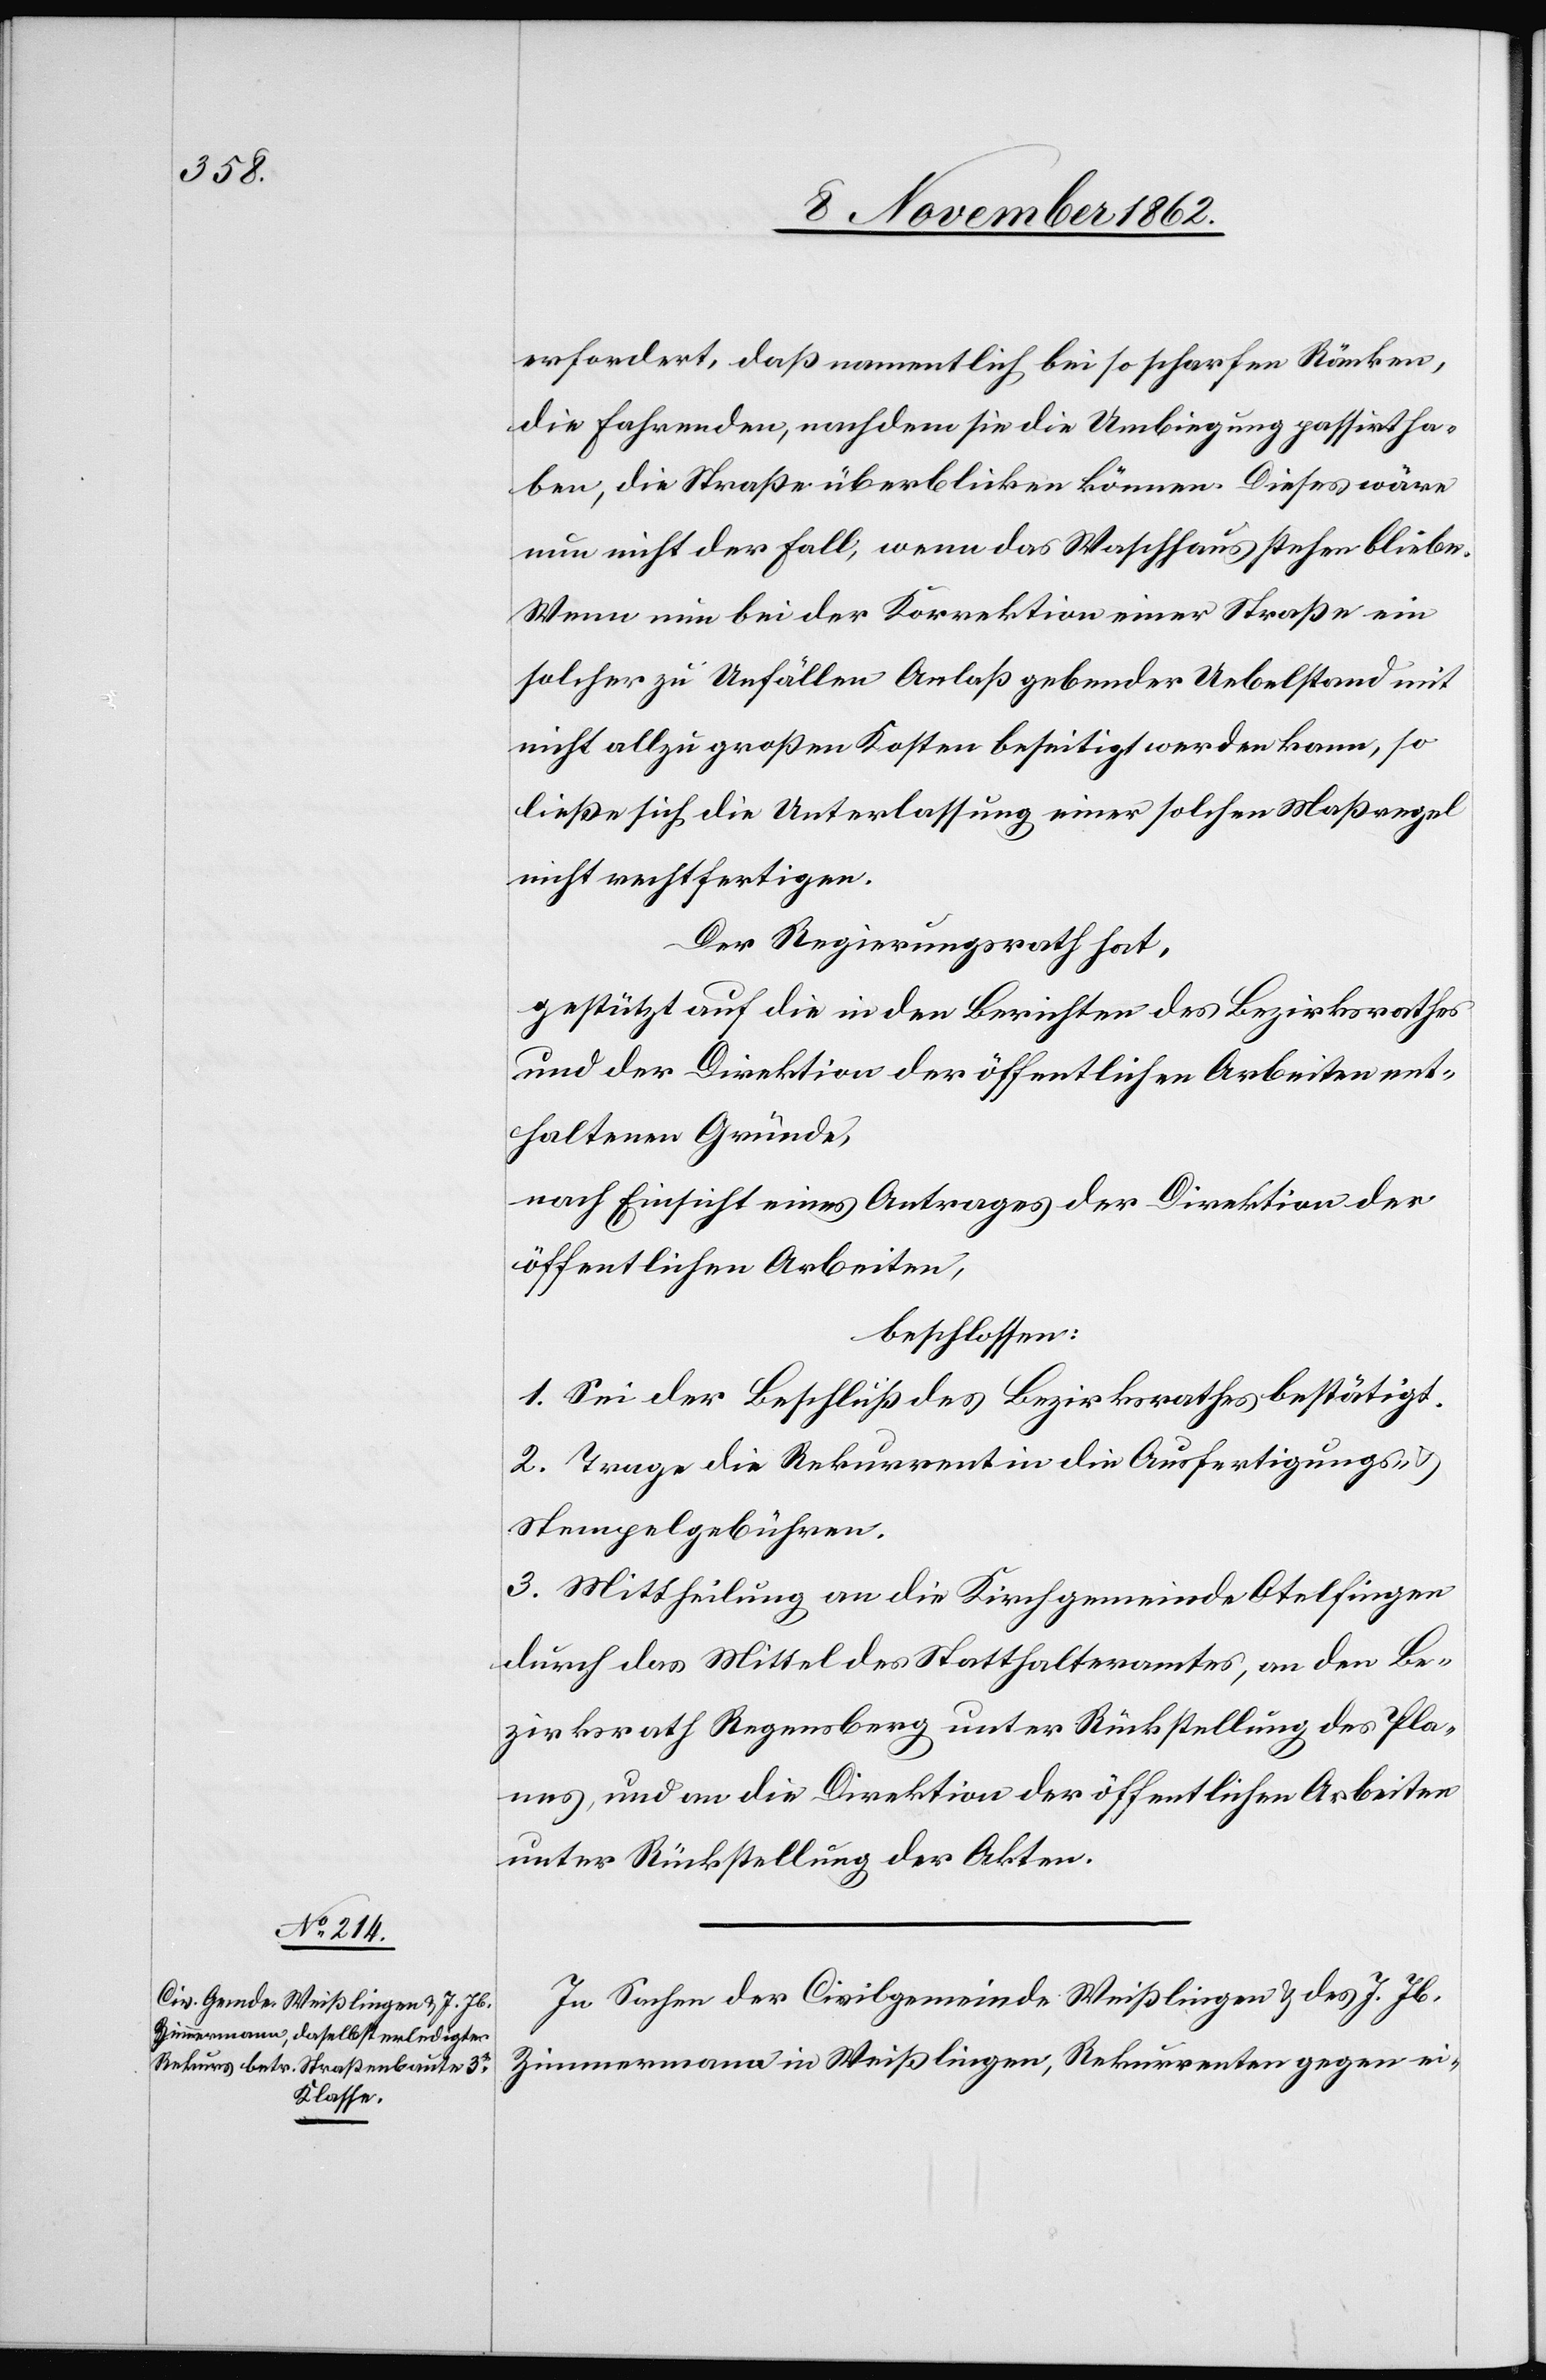
erfordert, daß namentlich bei so scharfen Ränken,
die fahrenden, nachdem sie die Umbiegung passirt ha¬
ben, die Straße überblicken können. Dieses wäre
nun nicht der Fall, wenn das Waschhaus stehen bleibe.
Wenn nun bei der Korrektion einer Straße ein
solcher zu Unfällen Anlaß gebender Uebelstand mit
nicht allzu großen Kosten beseitigt werden kann, so
ließe sich die Unterlassung einer solchen Maßregel
nicht rechtfertigen.
Der Regierungsrath hat,
gestützt auf die in den Berichten des Bezirksrathes
und der Direktion der öffentlichen Arbeiten ent¬
haltenen Gründe,
nach Einsicht eines Antrages der Direktion der
öffentlichen Arbeiten,
beschlossen:
1. Sei der Beschluß des Bezirksrathes bestätigt.
2. Trage die Rekurrentin die Ausfertigungs- u.
Stempelgebühren.
3. Mittheilung an die Kirchgemeinde Otelfingen
durch das Mittel des Statthalteramtes, an den Be¬
zirksrath Regensberg unter Rückstellung des Pla¬
nes, und an die Direktion der öffentlichen Arbeiten
unter Rückstellung der Akten.
In Sachen der Civilgemeinde Weißlingen u. des J. Jb.
Zimmermann in Weißlingen, Rekurrenten gegen ei-